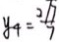
y _ { 4 } = \frac { 2 / 7 } { 7 }